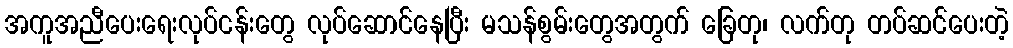
အကူအညီပေးရေးလုပ်ငန်းတွေ လုပ်ဆောင်နေပြီး မသန်စွမ်းတွေအတွက် ခြေတု၊ လက်တု တပ်ဆင်ပေးတဲ့